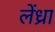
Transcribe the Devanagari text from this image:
लेंध्रा